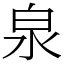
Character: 泉